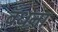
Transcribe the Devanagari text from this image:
बँधना